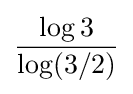
{\frac {\log 3}{\log(3/2)}}